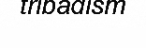
tribadism